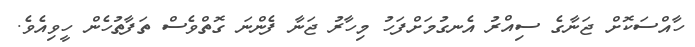
ހާއްސަކޮށް ޖަނާގެ ސިއްރު އެނގުމަށްފަހު މިހާރު ޖަނާ ފެންނަ ގޮތްވެސް ތަފާތުހެން ހީވިއެވެ.